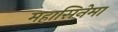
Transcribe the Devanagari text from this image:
महासिनेमा